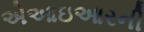
એઆઇઆરની